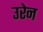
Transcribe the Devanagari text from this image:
उरेन